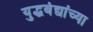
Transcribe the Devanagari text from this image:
युद्धबंद्यांच्या